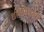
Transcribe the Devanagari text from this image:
धीकोशाचा